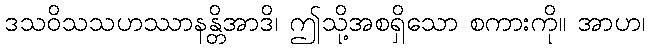
ဒသဝိသသဟဿာနန္တိအာဒိ၊ ဤသို့အစရှိသော စကားကို။ အာဟ၊